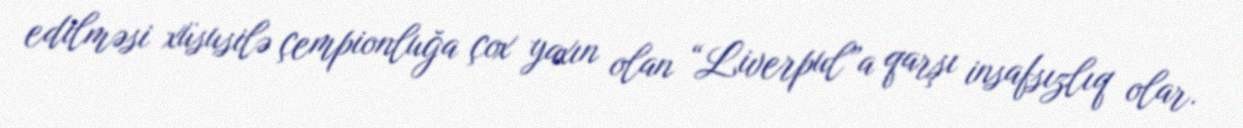
edilməsi xüsusilə çempionluğa çox yaxın olan “Liverpul”a qarşı insafsızlıq olar.